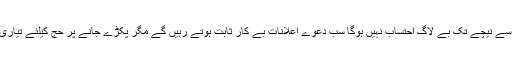
خصوصاً سرکاری منصب پر آنے سے پہلے کیا تھے اب کیا ہیں جب تک صحیح معنوں میں اوپر سے نیچے تک بے لاگ احتساب نہیں ہوگا سب دعوے اعلانات بے کار ثابت ہوتے رہیں گے مگر پکڑے جانے پر حج کیلئے تیاری کرنا کعبے کے پھیرے لگانے سے معافی مل جاتی ہے علماء کو قوم کی رہنمائی کرنی چاہئیے ۔